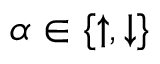
\alpha \in \{ \uparrow , \downarrow \}